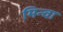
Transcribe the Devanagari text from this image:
मिन्वा